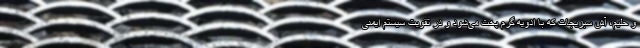
و حلیم، آش سبزیجات که با ادویه گرم پخت می‌شود و در تقویت سیستم ایمنی